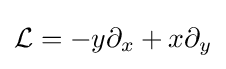
{\mathcal {L}}=-y\partial _{x}+x\partial _{y}